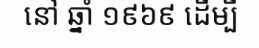
នៅ ឆ្នាំ ១៩៦៩ ដើម្បី